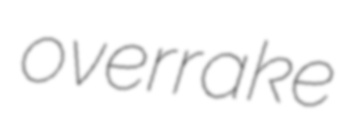
overrake